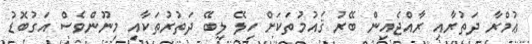
ޢުމްރާ ދަތުރާއި ރާއްޖެއިން ބޭރު ޤައުމުތަކަށް ހިލޭ ލިބޭ ދަތުރުތަކާއި މިނޫންވެސް އަގުބޮޑު